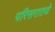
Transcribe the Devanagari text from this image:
परिसरातये